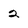
Character: 2